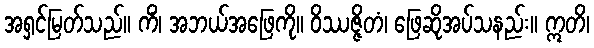
အရှင်မြတ်သည်။ ကိံ၊ အဘယ်အဖြေကို။ ဝိဿဇ္ဇိတံ၊ ဖြေဆိုအပ်သနည်း။ ဣတိ၊